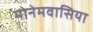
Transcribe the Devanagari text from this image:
मोनेमवासिया